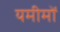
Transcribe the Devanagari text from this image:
यमीमों